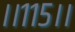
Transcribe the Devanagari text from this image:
।।११५।।